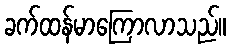
ခက်ထန်မာကြောလာသည်။